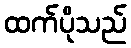
ထက်ပိုသည်